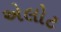
એલોટ